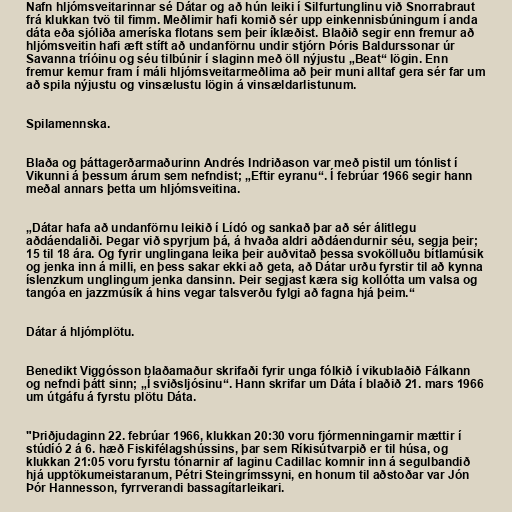
Nafn hljómsveitarinnar sé Dátar og að hún leiki í Silfurtunglinu við Snorrabraut
frá klukkan tvö til fimm. Meðlimir hafi komið sér upp einkennisbúningum í anda
dáta eða sjóliða ameríska flotans sem þeir íklæðist. Blaðið segir enn fremur að
hljómsveitin hafi æft stíft að undanförnu undir stjórn Þóris Baldurssonar úr
Savanna tríóinu og séu tilbúnir í slaginn með öll nýjustu „Beat“ lögin. Enn
fremur kemur fram í máli hljómsveitarmeðlima að þeir muni alltaf gera sér far um
að spila nýjustu og vinsælustu lögin á vinsældarlistunum.

Spilamennska.

Blaða og þáttagerðarmaðurinn Andrés Indriðason var með pistil um tónlist í
Vikunni á þessum árum sem nefndist; „Eftir eyranu“. Í febrúar 1966 segir hann
meðal annars þetta um hljómsveitina.

„Dátar hafa að undanförnu leikið í Lídó og sankað þar að sér álitlegu
aðdáendaliði. Þegar við spyrjum þá, á hvaða aldri aðdáendurnir séu, segja þeir;
15 til 18 ára. Og fyrir unglingana leika þeir auðvitað þessa svokölluðu bítlamúsik
og jenka inn á milli, en þess sakar ekki að geta, að Dátar urðu fyrstir til að kynna
íslenzkum unglingum jenka dansinn. Þeir segjast kæra sig kollótta um valsa og
tangóa en jazzmúsík á hins vegar talsverðu fylgi að fagna hjá þeim.“

Dátar á hljómplötu.

Benedikt Viggósson blaðamaður skrifaði fyrir unga fólkið í vikublaðið Fálkann
og nefndi þátt sinn; „Í sviðsljósinu“. Hann skrifar um Dáta í blaðið 21. mars 1966
um útgáfu á fyrstu plötu Dáta.

"Þriðjudaginn 22. febrúar 1966, klukkan 20:30 voru fjórmenningarnir mættir í
stúdíó 2 á 6. hæð Fiskifélagshússins, þar sem Ríkisútvarpið er til húsa, og
klukkan 21:05 voru fyrstu tónarnir af laginu Cadillac komnir inn á segulbandið
hjá upptökumeistaranum, Pétri Steingrímssyni, en honum til aðstoðar var Jón
Þór Hannesson, fyrrverandi bassagítarleikari.